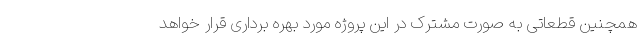
همچنین قطعاتی به صورت مشترک در این پروژه مورد بهره برداری قرار خواهد